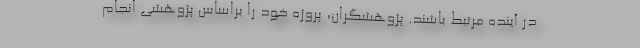
در آینده مرتبط باشند. پژوهشگران، پروژه خود را براساس پژوهشی انجام